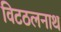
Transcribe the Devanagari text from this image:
विटठलनाथ